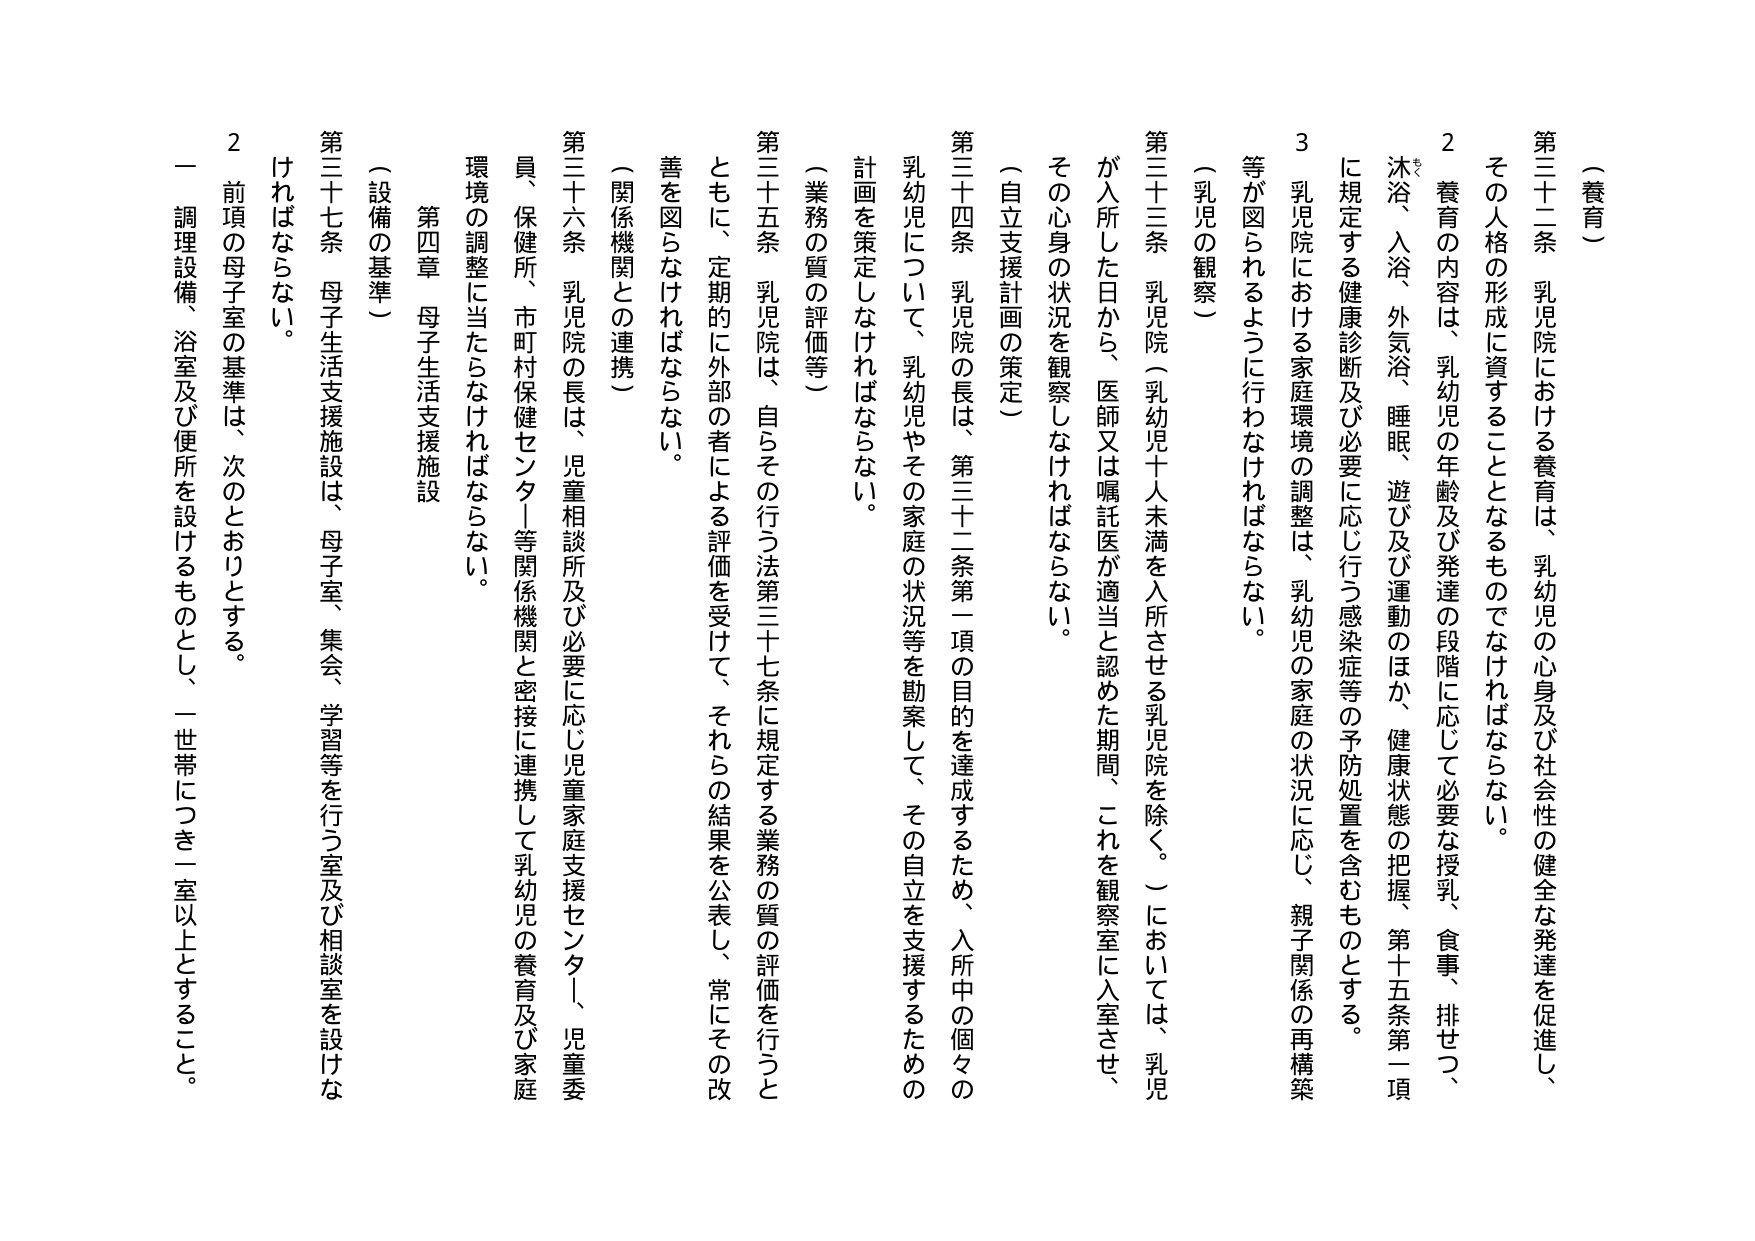
（養育）

第三十二条　乳児院における養育は、乳幼児の心身及び社会性の健全な発達を促進し、その人格の形成に資することとなるものでなければならない。

２　養育の内容は、乳幼児の年齢及び発達の段階に応じて必要な授乳、食事、排せつ、沐浴、入浴、外気浴、睡眠、遊び及び運動のほか、健康状態の把握、第十五条第一項に規定する健康診断及び必要に応じ行う感染症等の予防処置を含むものとする。

３　乳児院における家庭環境の調整は、乳幼児の家庭の状況に応じ、親子関係の再構築等が図られるように行わなければならない。

（乳児の観察）

第三十三条　乳児院（乳幼児十人未満を入所させる乳児院を除く。）においては、乳児が入所した日から、医師又は嘱託医が適当と認めた期間、これを観察室に入室させ、その心身の状況を観察しなければならない。

（自立支援計画の策定）

第三十四条　乳児院の長は、第三十二条第一項の目的を達成するため、入所中の個々の乳幼児について、乳幼児やその家庭の状況等を勘案して、その自立を支援するための計画を策定しなければならない。

（業務の質の評価等）

第三十五条　乳児院は、自らその行う法第三十七条に規定する業務の質の評価を行うとともに、定期的に外部の者による評価を受け、それらの結果を公表し、常にその改善を図らなければならない。

（関係機関との連携）

第三十六条　乳児院の長は、児童相談所及び必要に応じ児童家庭支援センター、児童委員、保健所、市町村保健センター等関係機関と密接に連携して乳幼児の養育及び家庭環境の調整に当たらなければならない。

第四章　母子生活支援施設

（設備の基準）

第三十七条　母子生活支援施設は、母子室、集会、学習等を行う室及び相談室を設けなければならない。

２　前項の母子室の基準は、次のとおりとする。

一　調理設備、浴室及び便所を設けるものとし、一世帯につき一室以上とすること。